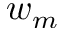
w _ { m }